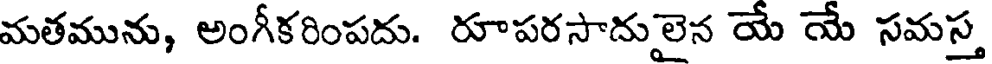
మతమును, అంగీకరింపదు. రూపరసాదులైన యే యే సమస్త